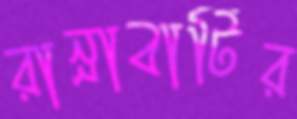
রান্নাবাটির